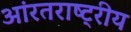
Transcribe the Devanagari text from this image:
आंरतराष्ट्रीय